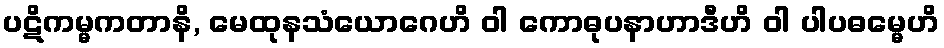
ပဋိကမ္မကတာနိ, မေထုနသံယောဂေဟိ ဝါ ကောဓုပနာဟာဒီဟိ ဝါ ပါပဓမ္မေဟိ